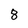
Character: 8